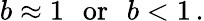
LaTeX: b\approx 1\: \: \: \mathrm{or}\: \: \: b<1\, .